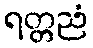
ရတ္တညံ